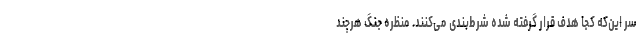
سر این‌که کجا هدف قرار گرفته شده شرط‌بندی می‌کنند. منظره جنگ هرچند